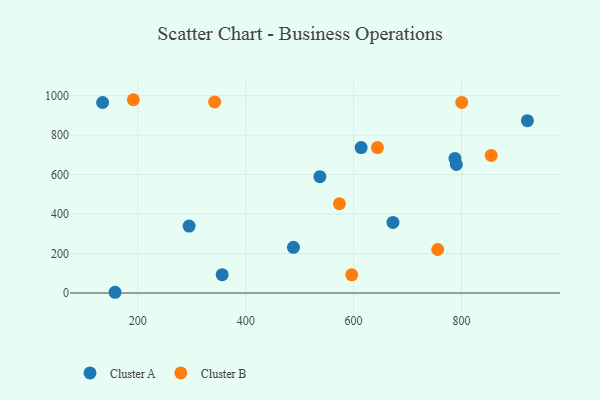
{"axis": {"x": "Distance", "y": "Salary"}, "legend": ["Cluster A", "Cluster B"], "data": [{"x": "921.9", "y": 873.2, "type": "Cluster A"}, {"x": "158.0", "y": 3.8, "type": "Cluster A"}, {"x": "790.3", "y": 651.3, "type": "Cluster A"}, {"x": "295.2", "y": 339.2, "type": "Cluster A"}, {"x": "787.7", "y": 681.8, "type": "Cluster A"}, {"x": "488.5", "y": 231.5, "type": "Cluster A"}, {"x": "672.9", "y": 357.5, "type": "Cluster A"}, {"x": "613.9", "y": 736.8, "type": "Cluster A"}, {"x": "356.5", "y": 93.0, "type": "Cluster A"}, {"x": "135.0", "y": 965.2, "type": "Cluster A"}, {"x": "537.5", "y": 589.4, "type": "Cluster A"}, {"x": "755.8", "y": 220.5, "type": "Cluster B"}, {"x": "596.5", "y": 92.0, "type": "Cluster B"}, {"x": "192.0", "y": 979.3, "type": "Cluster B"}, {"x": "644.2", "y": 737.0, "type": "Cluster B"}, {"x": "800.3", "y": 965.8, "type": "Cluster B"}, {"x": "342.6", "y": 967.9, "type": "Cluster B"}, {"x": "854.9", "y": 697.3, "type": "Cluster B"}, {"x": "573.7", "y": 452.2, "type": "Cluster B"}]}